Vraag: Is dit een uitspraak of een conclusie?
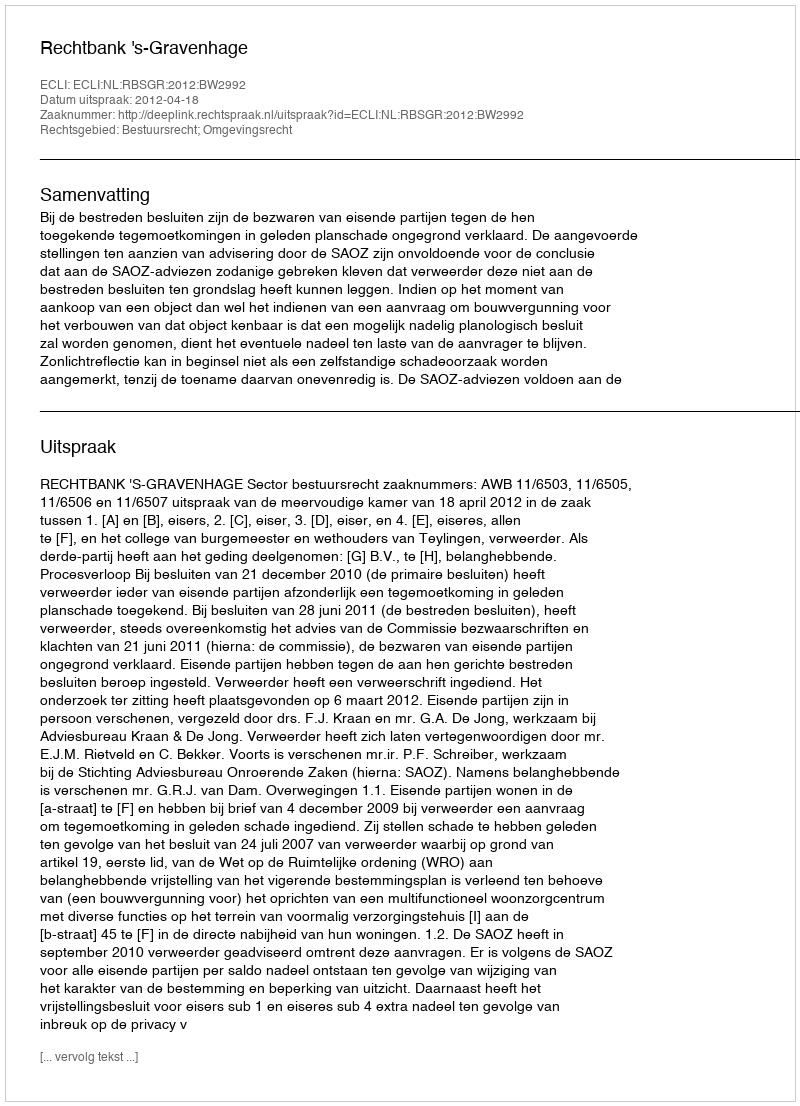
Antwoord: Uitspraak